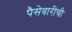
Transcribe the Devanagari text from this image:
पैसेवारीची